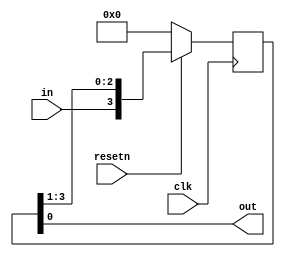
module top_module (
    input clk,
    input resetn,   // synchronous reset
    input in,
    output out);
    
    reg [3:0] q;
    
    always @(posedge clk) begin
        if(!resetn) begin
            q <= 4'b0;
        end
        else begin
            q <= {in, q[3:1]}; 
        end
    end
    
    assign out = q[0];

endmodule